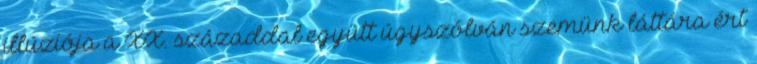
illúziója a XX. századdal együtt úgyszólván szemünk láttára ért